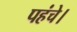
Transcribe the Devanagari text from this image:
पहंचे।